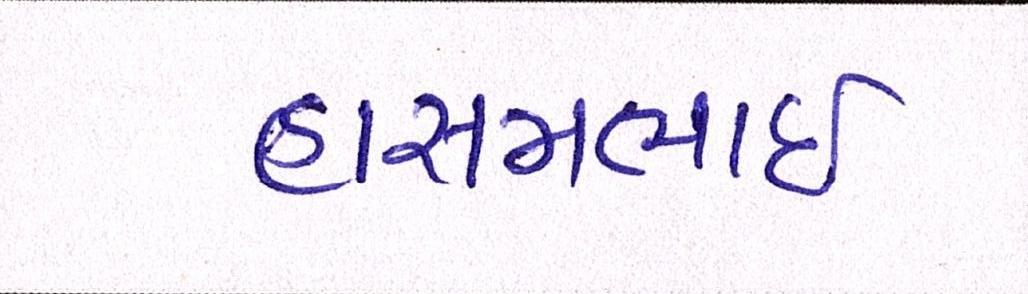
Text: હાસમભાઇ